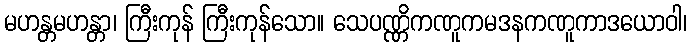
မဟန္တမဟန္တာ၊ ကြီးကုန် ကြီးကုန်သော။ သေပဏ္ဏိကဏူကမဒနကဏူကာဒယောဝါ၊